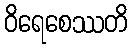
ဝိရေစေဿတိ